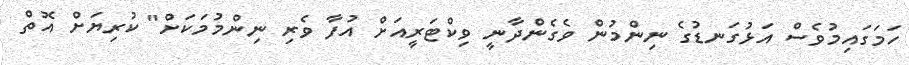
ހަމަގައިމުވެސް އަޅުގަނޑުގެ ނިންމުން ވެގެންދާނީ ވިކްޓަރީއަށް އުފާ ވެރި ނިންމުމަކަށް" ކުރިޔަށް އޮތް